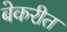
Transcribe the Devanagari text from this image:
बेकरीत